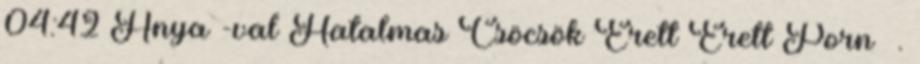
04:42 Anya -val Hatalmas Csöcsök Érett Érett Porn .